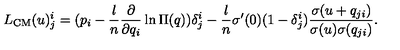
L _ { \mathrm { C M } } ( u ) _ { j } ^ { i } = ( p _ { i } - \frac { l } { n } \frac { \partial } { \partial q _ { i } } \ln \Pi ( q ) ) \delta _ { j } ^ { i } - \frac { l } { n } \sigma ^ { \prime } ( 0 ) ( 1 - \delta _ { j } ^ { i } ) \frac { \sigma ( u + q _ { j i } ) } { \sigma ( u ) \sigma ( q _ { j i } ) } .